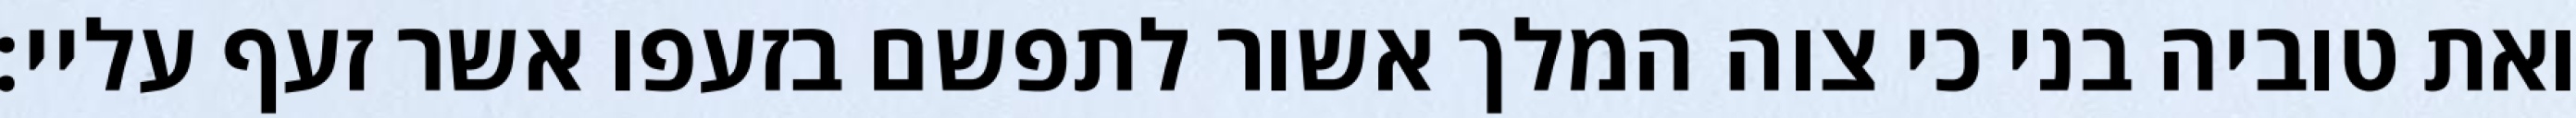
ואת טוביה בני כי צוה המלך אשור לתפשם בזעפו אשר זעף עליי: